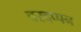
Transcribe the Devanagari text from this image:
वरदप्पन